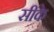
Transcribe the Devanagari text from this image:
सींके